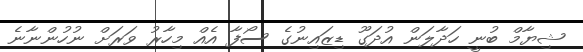
ޝިޔާމް ބުނީ ހަދާލަން އުދަގޫ ޑިޒައިނުގެ ސޯފާ އެއް މިހާރު ވަަރަށް ނުހުންނާނެ